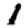
Digit: 1